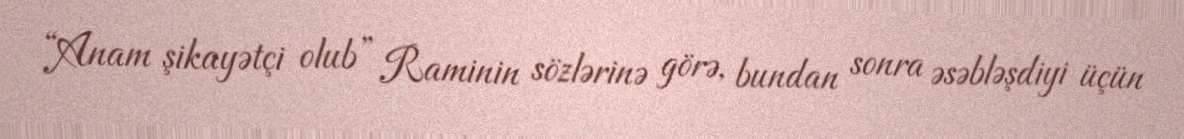
“Anam şikayətçi olub” Raminin sözlərinə görə, bundan sonra əsəbləşdiyi üçün